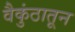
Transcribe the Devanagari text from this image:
वैकुंठातून